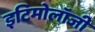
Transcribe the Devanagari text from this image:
इटिमोलॉजी